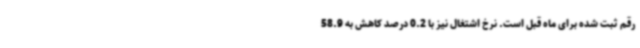
رقم ثبت شده برای ماه قبل است. نرخ اشتغال نیز با 0.2 درصد کاهش به 58.9